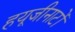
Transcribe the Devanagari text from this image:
हयूजीनाटों